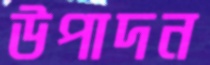
উপাদন